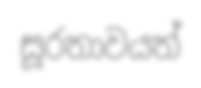
සූරතාවයත්